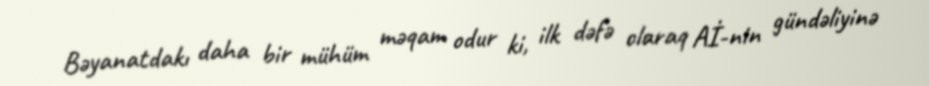
Bəyanatdakı daha bir mühüm məqam odur ki, ilk dəfə olaraq Aİ-nin gündəliyinə